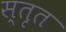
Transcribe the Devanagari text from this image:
स्तृत